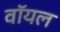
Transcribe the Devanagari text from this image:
वॉयल